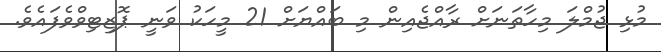
މުޅި ޖުމްލަ މިހާތަނަށް ރާއްޖެއިން މި ބައްޔަށް 21 މީހަކު ވަނީ ޕޮޒިޓިވްވެފައެވެ.